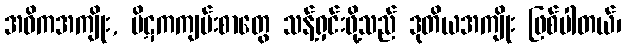
အဓိကအကျိုး, ပိဋကကျမ်းစာတွေ သန့်ရှင်းဖို့သည် ဒုတိယအကျိုး ဖြစ်ပါတယ်၊